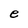
Character: e